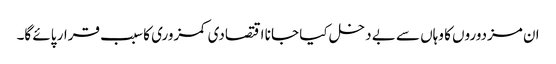
ان مزدوروں کا وہاں سے بے دخل کیا جا نا اقتصادی کمزوری کا سبب قرار پائے گا۔